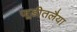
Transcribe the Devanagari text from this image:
जूडीतलैया